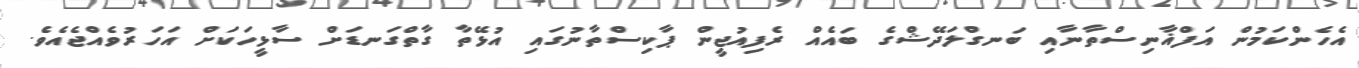
އެހެންކަމުން އަފްޣާނިސްތާނާއި ބަނގްލަދޭޝްގެ ބައެއް ރެފިއުޖީން ޕާކިސްތާނުގައި އުޅޭތާ ގާތްގަނޑަށް ސާޅީހަކަށް އަހަރުވެއްޖެއެވެ.